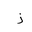
Letter: _zay